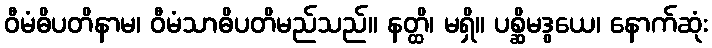
ဝီမံဓိပတိနာမ၊ ဝီမံသာဓိပတိမည်သည်။ နတ္ထိ၊ မရှိ။ ပစ္ဆိမဒွယေ၊ နောက်ဆုံး